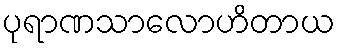
ပုရာဏသာလောဟိတာယ